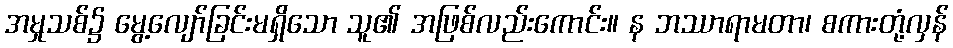
အမှုသစ်၌ မွေ့လျော်ခြင်းမရှိသော သူ၏ အဖြစ်လည်းကောင်း။ န ဘဿာရာမတာ၊ စကားတုံ့လှန်